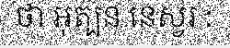
ថា អុត្បន នេស្វរ :